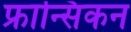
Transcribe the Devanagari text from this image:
फ्रान्सिकन